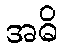
အဓိ